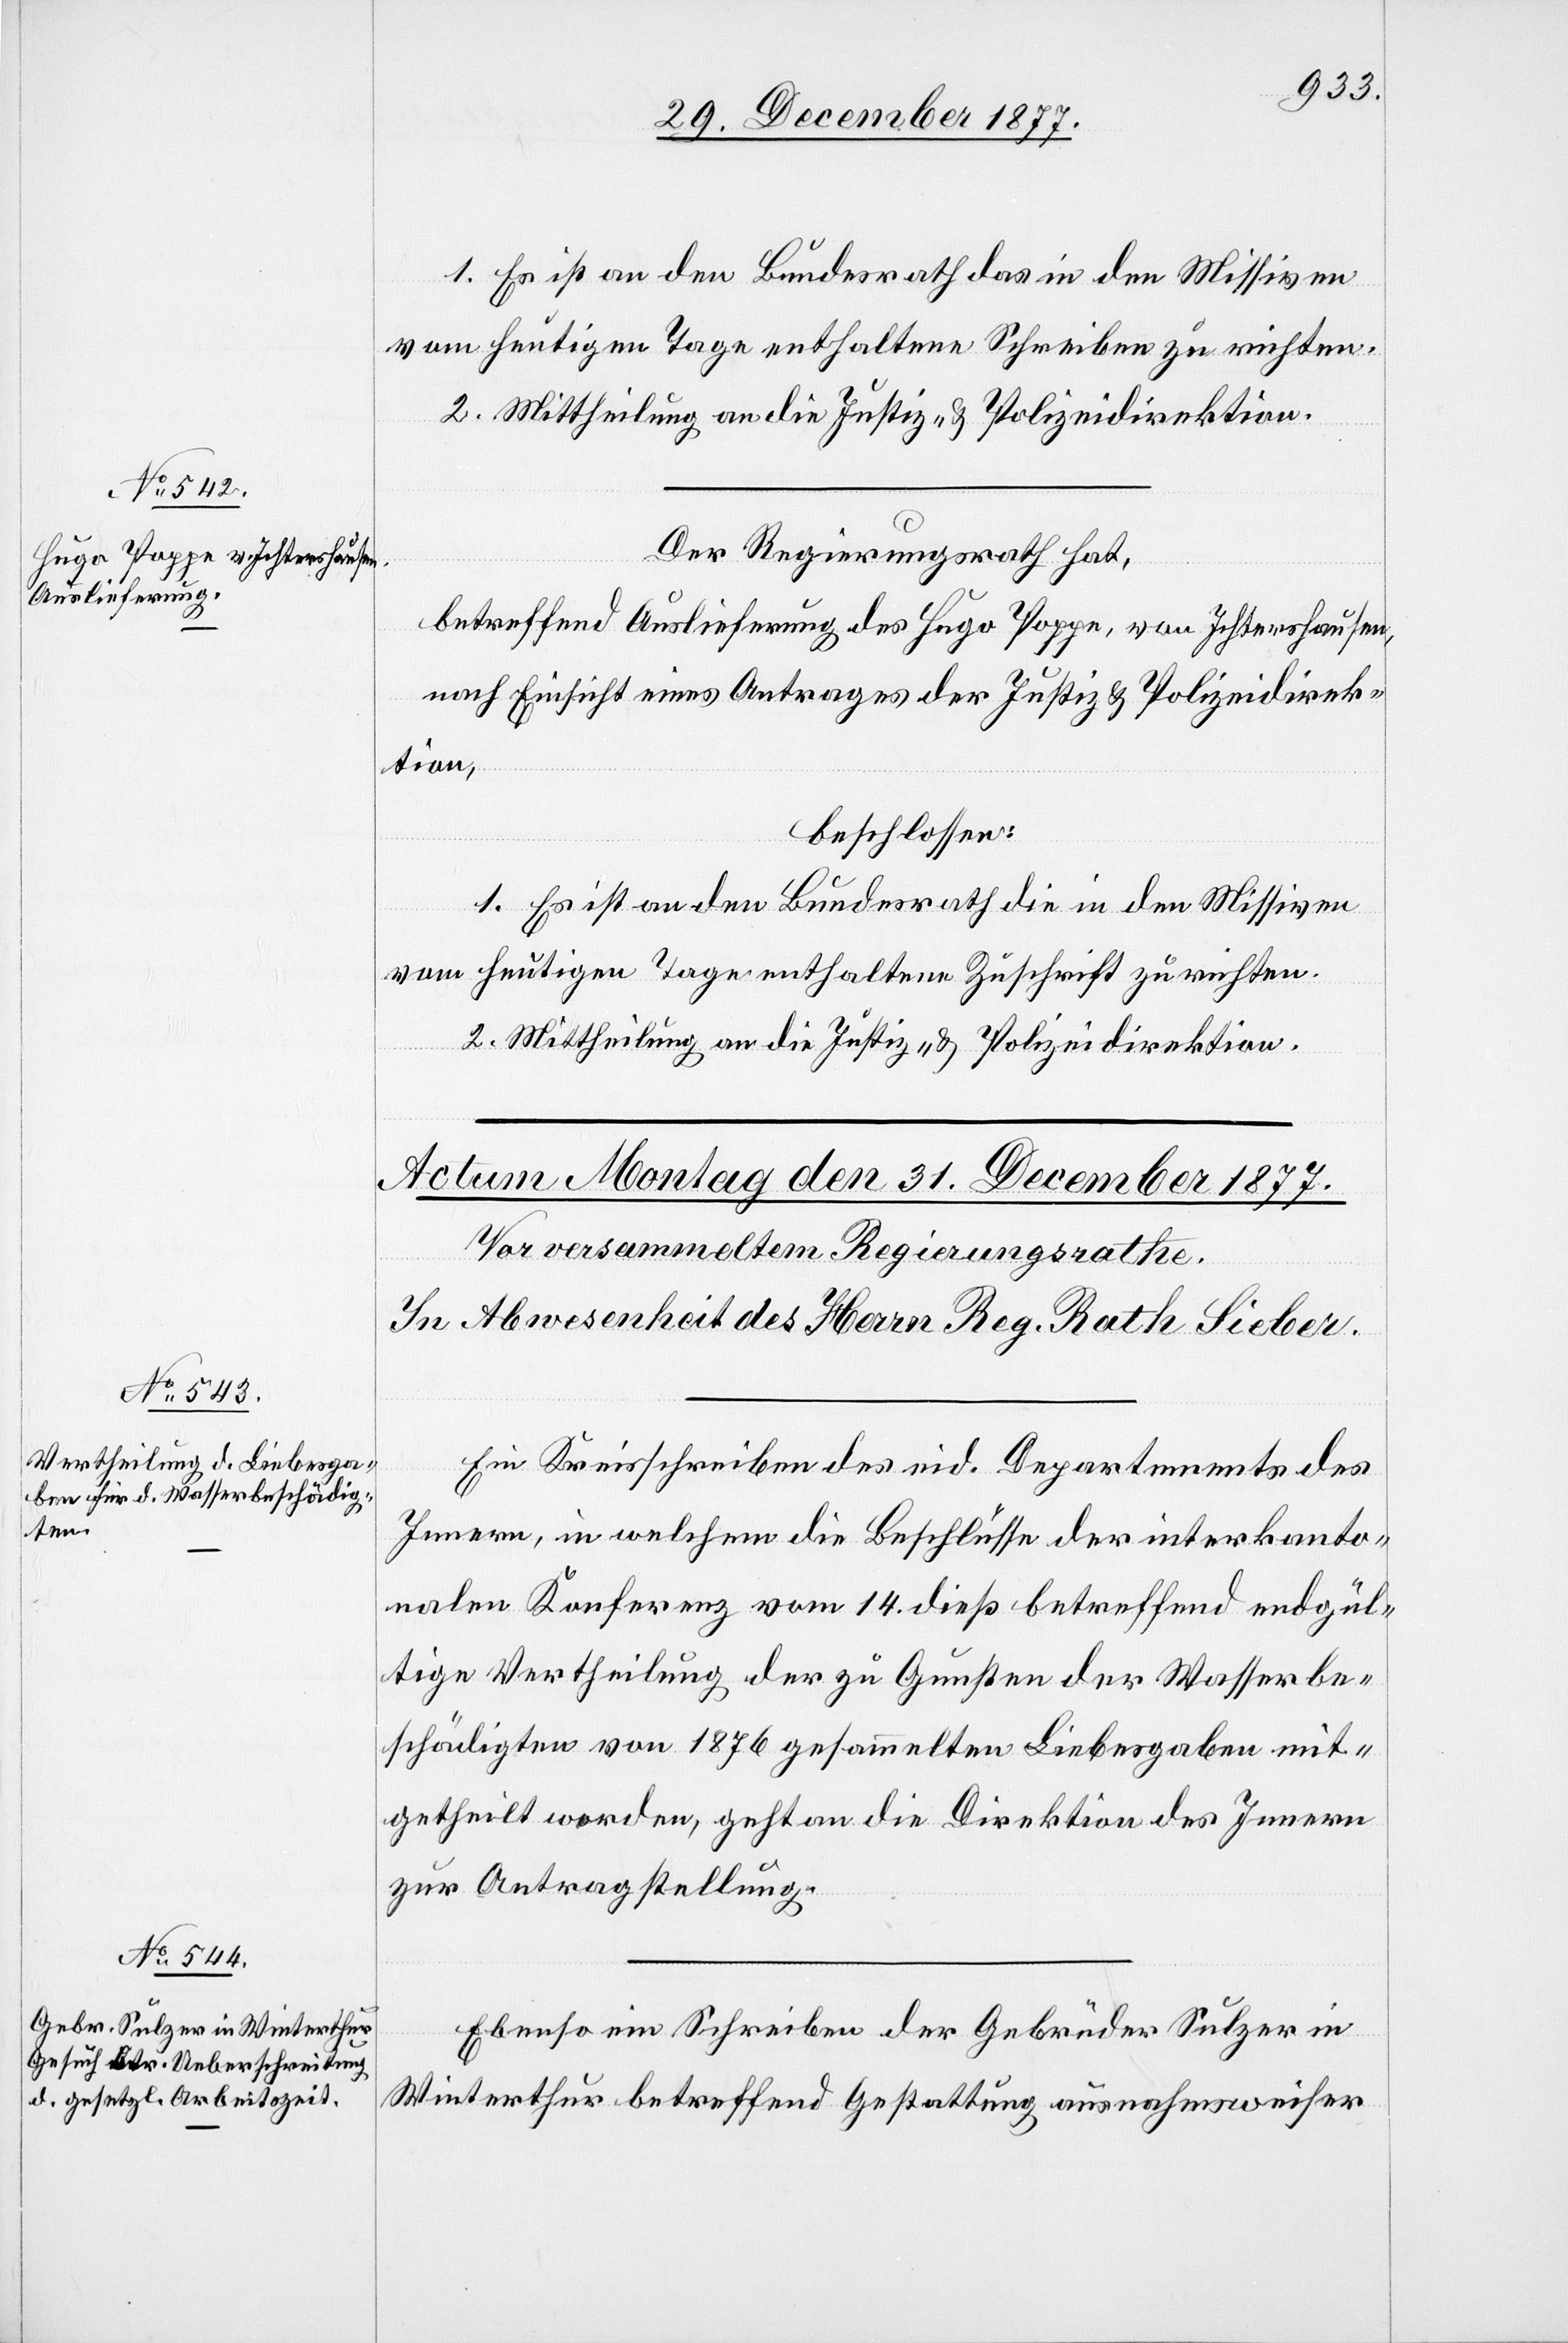
30. December 1877.]
1. Es ist an den Bundesrath das in den Missiven
vom heutigen Tage enthaltene Schreiben zu richten.
2. Mittheilung an die Justiz- & Polizeidirektion.
Der Regierungsrath hat,
betreffend Auslieferung des Hugo Poppe, von Ichtershausen,
nach Einsicht eines Antrages der Justiz[-] & Polizeidirek¬
tion,
beschlossen:
1. Es ist an den Bundesrath die in den Missiven
vom heutigen Tage enthaltene Zuschrift zu richten.
2. Mittheilung an die Justiz- & Polizeidirektion.
Ein Kreisschreiben des eid. Departements des
Innern, in welchem die Beschlüsse der interkanto¬
nalen Konferenz vom 14. dieß betreffend endgül¬
tige Vertheilung der zu Gunsten der Wasserbe¬
schädigten von 1876 gesammelten Liebesgaben mit¬
getheilt werden, geht an die Direktion des Innern
zur Antragstellung.
Ebenso ein Schreiben der Gebrüder Sulzer in
Winterthur betreffend Gestattung ausnahmsweiser